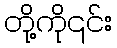
တို့ကို၎င်း